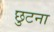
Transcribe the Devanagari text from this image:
छुटना